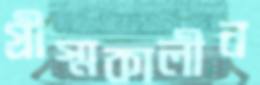
গ্রীস্মকালীন